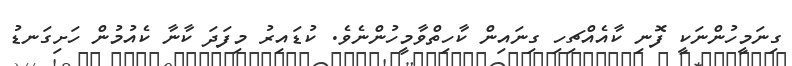
ގިނަމީހުންނަކީ ފޮނި ކާއެއްޗިހި ގިނައިން ކާހިތްވާމީހުންނެވެ. ކުޑައިރު މިފަދަ ކާނާ ކެއުމުން ހަށިގަނޑު